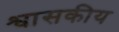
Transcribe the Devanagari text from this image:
श्वासकीय